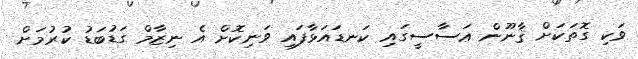
ވަކި ގޮތަކަށް ޤާނޫން ޢަސާސީގައި ކަނޑައަޅާފައި ވަނިކޮށް އެ ނިޒާމް ގަޑުބަޑު ކުރުމަށް